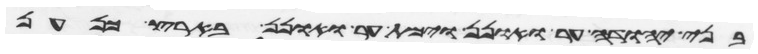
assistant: בני יהודה ער ואונן וימת ער ואונן בארץ כנען